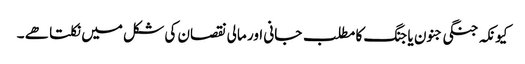
کیونکہ جنگی جنون یا جنگ کا مطلب جانی اور مالی نقصان کی شکل میں نکلتا ھے ۔